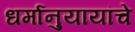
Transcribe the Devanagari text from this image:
धर्मानुयायांचे